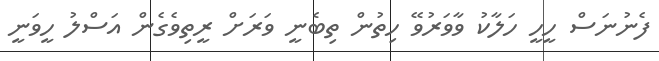
ފެނުނަސް ހީހީ ހަލާކު ވާވަރުވޭ ހިތުން ތިބެނީ ވަރަށް ރީތިވެގެން އަސްލު ހީވަނީ